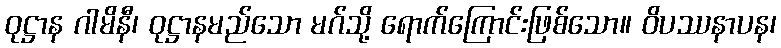
ဝုဋ္ဌာန ဂါမိနီ၊ ဝုဋ္ဌာနမည်သော မဂ်သို့ ရောက်ကြောင်းဖြစ်သော။ ဝိပဿနာပန၊